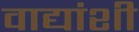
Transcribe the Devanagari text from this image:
वाद्यांशी